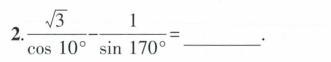
2. $$\frac { \sqrt { 3 } } { \cos 1 0 ^